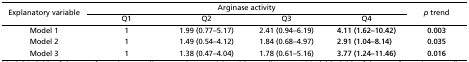
<table><thead><tr><td rowspan="2"><b>Explanatory variable</b></td><td colspan="4"><b>Arginase activity</b></td><td rowspan="2"><b><i>p</i> trend</b></td></tr><tr><td><b>Q1</b></td><td><b>Q2</b></td><td><b>Q3</b></td><td><b>Q4</b></td></tr></thead><tbody><tr><td>Model 1</td><td>1</td><td>1.99 (0.77–5.17)</td><td>2.41 (0.94–6.19)</td><td><b>4.11 (1.62–10.42)</b></td><td><b>0.003</b></td></tr><tr><td>Model 2</td><td>1</td><td>1.49 (0.54–4.12)</td><td>1.84 (0.68–4.97)</td><td><b>2.91 (1.04–8.14)</b></td><td><b>0.035</b></td></tr><tr><td>Model 3</td><td>1</td><td>1.38 (0.47–4.04)</td><td>1.78 (0.61–5.16)</td><td><b>3.77 (1.24–11.46)</b></td><td><b>0.016</b></td></tr></tbody></table>